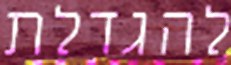
להגדלת